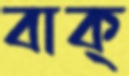
বাক্